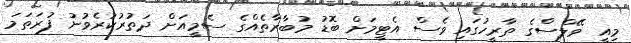
މިއީ ވޭލްސްގެ ތާރީހުގައި ވެސް އެޓީމަށް ބޮޑު މުބާރާތެއްގެ ސެމީއަށް ދަތުރުކުރެވުނު ފުރަތަމަ